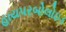
હાયપરબોલોઇડ